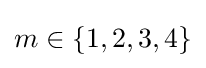
m\in \{1,2,3,4\}